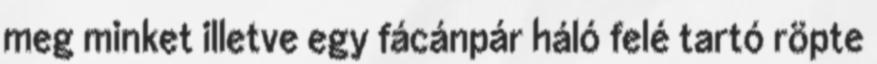
meg minket illetve egy fácánpár háló felé tartó röpte